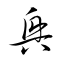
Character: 興